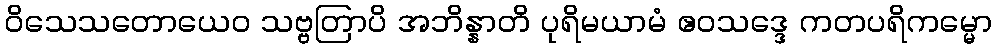
ဝိသေသတောယေဝ သဗ္ဗတြာပိ အဘိန္နာတိ ပုရိမယာမံ ဧဝသဒ္ဒေ ကတပရိကမ္မော